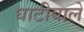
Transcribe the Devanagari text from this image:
घाटीवाले